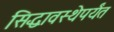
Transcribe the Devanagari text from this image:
सिद्धावस्थेपर्यंत